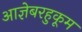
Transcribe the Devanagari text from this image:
आज्ञेबरहुकूम